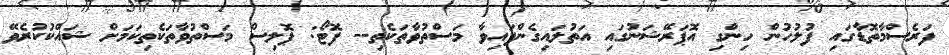
ފަރެސްމާތޮޑާގައި ފުލުހުން ހިންގި އޮޕަރޭޝަނުގައި އަތުލައިގެންފައިވާ މަސްތުވާތަކެތި-- ފޮޓޯ: ޕޮލިސް މަސްތުވާތަކެތިކަމަށް ޝައްކުކުރެވޭ